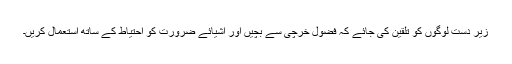
زیر دست لوگوں کو تلقین کی جائے کہ فضول خرچی سے بچیں اور اشیائے ضرورت کو احتیاط کے ساتھ استعمال کریں۔